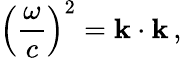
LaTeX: \left({\frac{\omega}{c}}\right)^{2}=\mathbf{k}\cdot\mathbf{k}\, ,